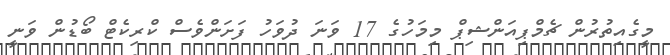
މީގެއިތުރުން ޗެމްޕިއަންޝިޕް މިމަހުގެ 17 ވަނަ ދުވަހު ފަށަންވެސް ކްރިކެޓް ބޯޑުން ވަނީ